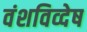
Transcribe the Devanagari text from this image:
वंशविव्देष